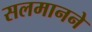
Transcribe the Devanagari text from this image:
सलमानने